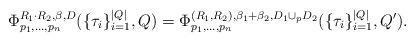
LaTeX: \begin{align*}\Phi^{R_1\cdot R_2,\beta,D}_{p_1,\ldots,p_n}(\{\tau_i\}_{i=1}^{|Q|},Q)=\Phi^{(R_1,R_2),\beta_1+\beta_2,D_1\cup_{p} D_2}_{p_1,\ldots,p_n}(\{\tau_i\}_{i=1}^{|Q|},Q'). \end{align*}